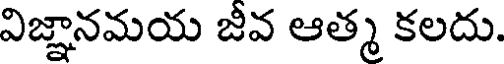
విజ్ఞానమయ జీవ ఆత్మ కలదు.